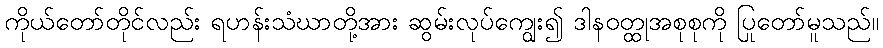
ကိုယ်တော်တိုင်လည်း ရဟန်းသံဃာတို့အား ဆွမ်းလုပ်ကျွေး၍ ဒါနဝတ္ထုအစုစုကို ပြုတော်မူသည်။